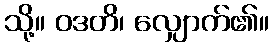
သို့။ ဝဒတိ၊ လျှောက်၏။